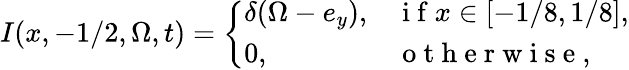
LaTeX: I(x,-1/2,\Omega,t)=\left\{ \begin{array}{ll}{\delta(\Omega-e_{y}),}&{\mathrm{~i~f~}x\in[-1/8,1/8],}\\ {0,}&{\mathrm{~o~t~h~e~r~w~i~s~e~},}\end{array}\right.